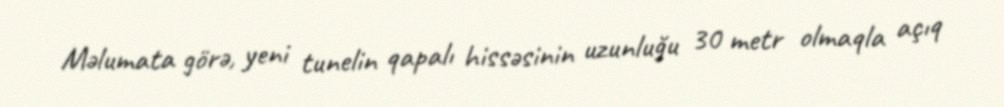
Məlumata görə, yeni tunelin qapalı hissəsinin uzunluğu 30 metr olmaqla açıq